Newspaper: The Daily clarion. [volume]
Place of publication: Jackson, Miss.
Publisher: Hamilton, Power & Co.
Date: 1875-02-02 00:00:00
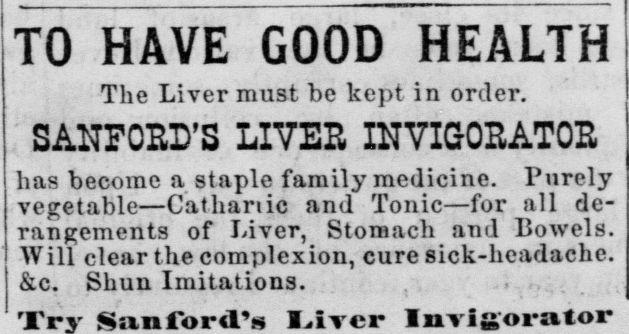
Advertisement text (OCR):
TO HAVE GOOD HEALTH The Liver must be kept in order. : SANFORD'S LIVER IN VIGOR ATOR has become a staple family medicine. Purely vegetable Cathartic and Tonic for all de rangements of Liver, Stomach and Bowels. Will clear the complexion, cure sick-headache. &c. Shun Imitations. . ....... I.ircr Imisorator
Label: text-only